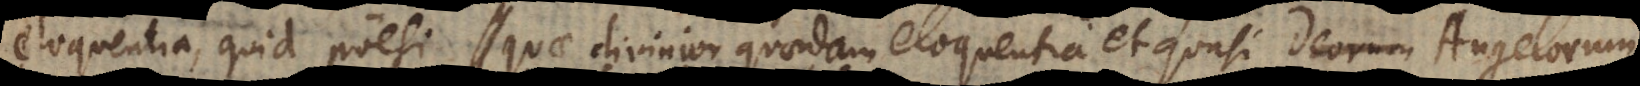
eloquentia, quid poësi, quae divinior quaedam eloquentia et quasi Deorum lingua